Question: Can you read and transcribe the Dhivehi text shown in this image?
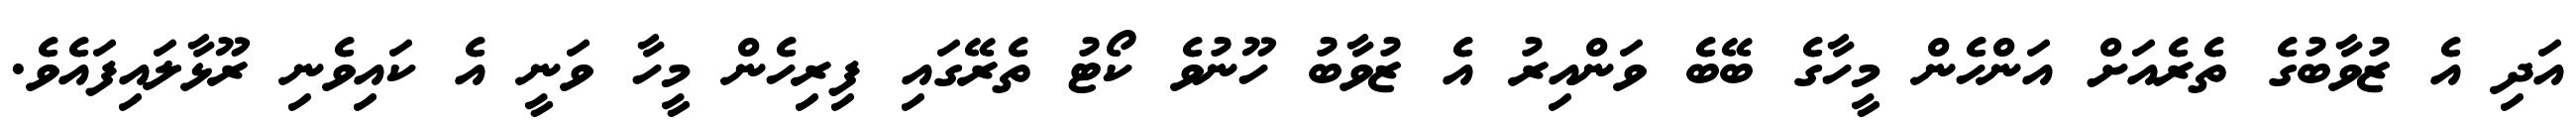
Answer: އަދި އެ ޒުވާބުގެ ތެރެއަށް އަންހެން މީހާގެ ބޭބެ ވަންއިރު އެ ޒުވާބު ހޫނުވެ ކޯޓު ތެރޭގައި ފިރިހެން މީހާ ވަނީ އެ ކައިވެނި ރޫޅާލައިފައެވެ.